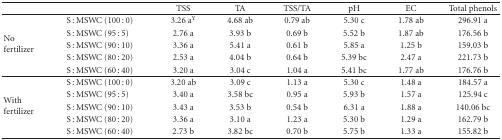
<table><thead><tr><td></td><td></td><td><b>TSS</b></td><td><b>TA</b></td><td><b>TSS/TA</b></td><td><b>pH</b></td><td><b>EC</b></td><td><b>Total phenols</b></td></tr></thead><tbody><tr><td rowspan="5">No fertilizer</td><td>S : MSWC (100 : 0)</td><td> 3.26 a<sup>Y</sup></td><td> 4.68 ab</td><td> 0.79 ab</td><td>5.30 c</td><td> 1.78 ab</td><td>296.91 a</td></tr><tr><td>S : MSWC (95 : 5)</td><td>2.76 a</td><td>3.93 b</td><td>0.69 b</td><td>5.52 b</td><td> 1.87 ab</td><td>176.56 b</td></tr><tr><td>S : MSWC (90 : 10)</td><td>3.36 a</td><td>5.41 a</td><td>0.61 b</td><td>5.85 a</td><td>1.25 b</td><td>159.03 b</td></tr><tr><td>S : MSWC (80 : 20)</td><td>2.53 a</td><td>4.04 b</td><td>0.64 b</td><td>5.39 bc</td><td>2.47 a</td><td>221.73 b</td></tr><tr><td>S : MSWC (60 : 40)</td><td>3.20 a</td><td>3.04 c</td><td>1.04 a</td><td>5.41 bc</td><td> 1.77 ab</td><td>176.76 b</td></tr><tr><td rowspan="5">With fertilizer</td><td>S : MSWC (100 : 0)</td><td> 3.20 ab</td><td>3.09 c</td><td>1.13 a</td><td>5.30 c</td><td>1.48 a</td><td>184.57 a</td></tr><tr><td>S : MSWC (95 : 5)</td><td>3.40 a</td><td>3.58 bc</td><td>0.95 a</td><td>5.93 b</td><td>1.57 a</td><td>125.94 c</td></tr><tr><td>S : MSWC (90 : 10)</td><td>3.43 a</td><td> 3.53 b</td><td>0.54 b</td><td>6.31 a</td><td>1.88 a</td><td> 140.06 bc</td></tr><tr><td>S : MSWC (80 : 20)</td><td>3.36 a</td><td>3.10 a</td><td>1.23 a</td><td>5.30 b</td><td>1.29 a</td><td>162.79 b</td></tr><tr><td>S : MSWC (60 : 40)</td><td>2.73 b</td><td> 3.82 bc</td><td>0.70 b</td><td>5.75 b</td><td>1.33 a</td><td>155.82 b</td></tr></tbody></table>